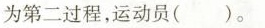
为第二过程，运动员( )。